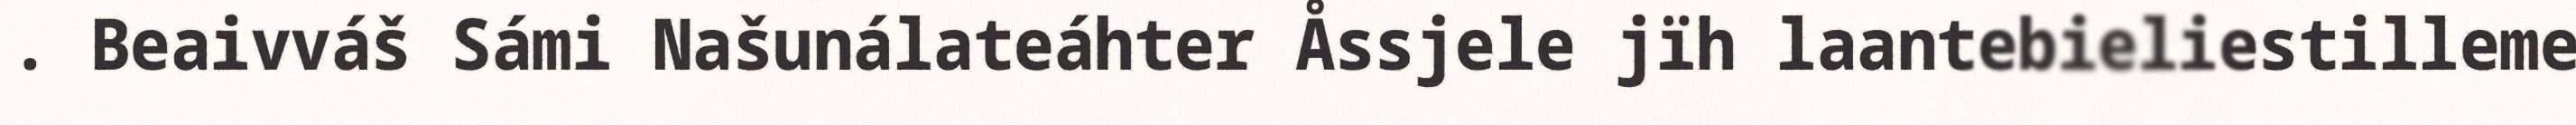
. Beaivváš Sámi Našunálateáhter Åssjele jïh laantebieliestilleme